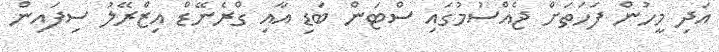
އަދި މީހުން ފަހަތަށް ޖެއްސުމުގައި ސްޓަން ބަޑި އާއި ގްރެނޭޑް އިޒްރޭލު ސިފައިން